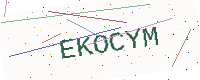
Text: EKOCYM